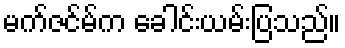
မက်ဇင်မ်က ခေါင်းယမ်းပြသည်။